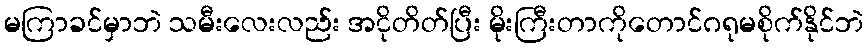
မကြာခင်မှာဘဲ သမီးလေးလည်း အငိုတိတ်ပြီး မိုးကြီးတာကိုတောင်ဂရုမစိုက်နိုင်ဘဲ